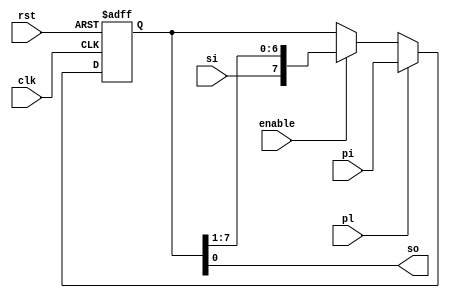
module shift_reg #(
    parameter width = 8
)(
    input clk,rst,pl,enable,
    input si,
    input [width-1:0] pi,
    output so
    
);

reg [width-1:0]ff;

assign so = ff[0];

always @(posedge clk or negedge rst) begin
  if(!rst)  ff<=0;
  else if(pl) ff <= pi;
  else if(enable) begin
      ff <= {si,ff[width-1:1]};
  end
end

endmodule